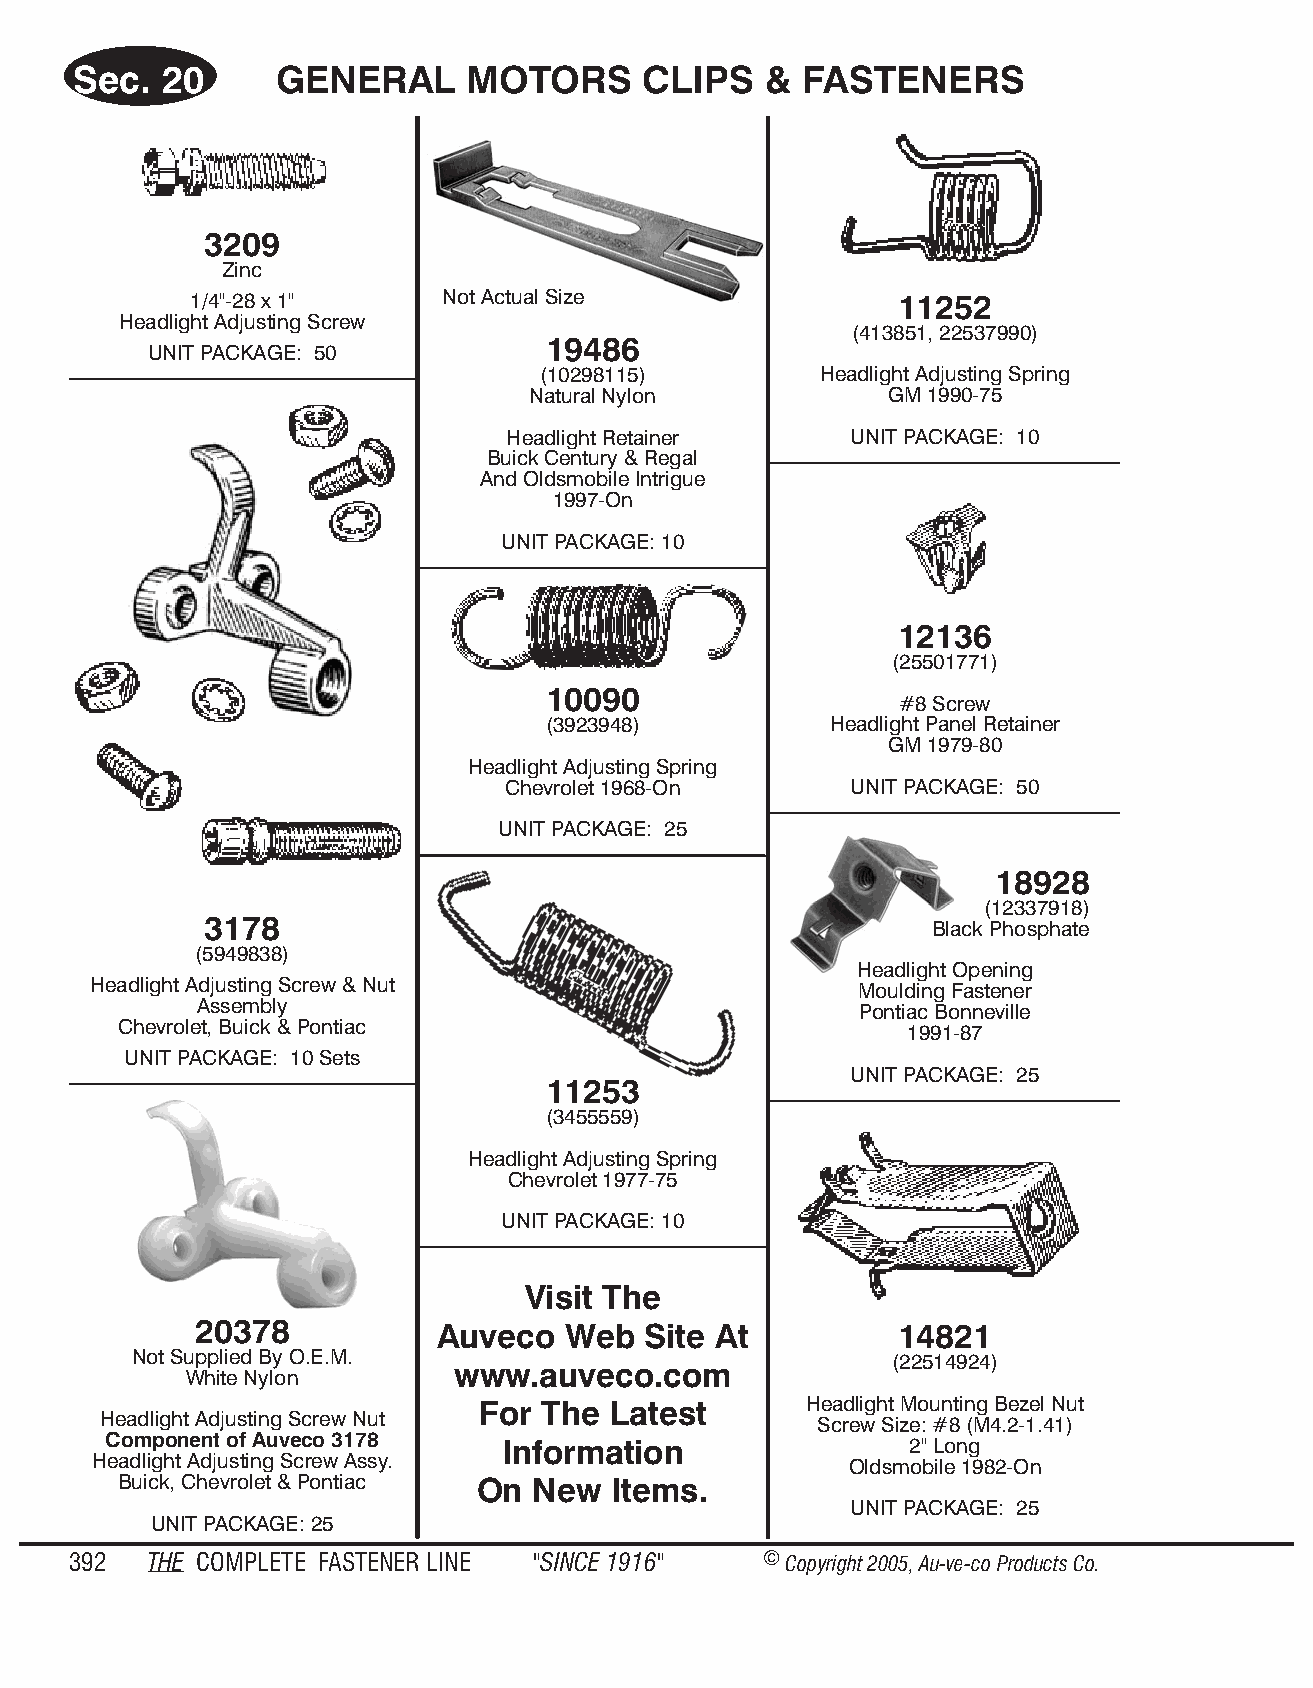
Sec.  20      GENE   RAL  MO  TORS    CLIPS   & FAS  TENE   RS
 3209
 Zinc
 1/4"-28 x 1"     Not Actual Size               11252
 Headlight Adjusting Screw
 (413851, 22537990)
 19486
 UNIT PACKAGE: 50
 (10298115)         Headlight Adjusting Spring
 Natural Nylon           GM 1990-75
 Headlight Retainer     UNIT PACKAGE: 10
 Buick Century & Regal
 And Oldsmobile Intrigue
 1997-On
 UNIT PACKAGE: 10
 12136
 (25501771)
 10090
 #8 Screw
 (3923948)          Headlight Panel Retainer
 GM 1979-80
 Headlight Adjusting Spring
 Chevrolet 1968-On      UNIT PACKAGE: 50
 UNIT PACKAGE: 25
 18928
 (12337918)
 3178                                            Black Phosphate
 (5949838)
 Headlight Opening
 Headlight Adjusting Screw & Nut
 Moulding Fastener
 Assembly
 Pontiac Bonneville
 Chevrolet, Buick & Pontiac
 1991-87
 UNIT PACKAGE: 10 Sets
 UNIT PACKAGE: 25
 11253
 (3455559)
 Headlight Adjusting Spring
 Chevrolet 1977-75
 UNIT PACKAGE: 10
 Visit The
 20378           Auveco   Web  Site At          14821
 Not Supplied By O.E.M.                            (22514924)
 www.auveco.com
 White Nylon
 For The  Latest       Headlight Mounting Bezel Nut
 Headlight Adjusting Screw Nut                  Screw Size: #8 (M4.2-1.41)
 Component of Auveco 3178  Information                2" Long
 Headlight Adjusting Screw Assy.                   Oldsmobile 1982-On
 Buick, Chevrolet & Pontiac On New Items.
 UNIT PACKAGE: 25
 UNIT PACKAGE: 25
 392  THE COM PLETE FAST ENER LINE "SINCE 1916" © Copyr ight 2005, Au-ve-co Produ cts Co.